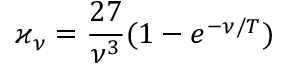
\varkappa _ { \nu } = \frac { 2 7 } { \nu ^ { 3 } } ( 1 - e ^ { - \nu / T } )